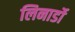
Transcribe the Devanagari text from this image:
लिनार्डो